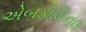
એબડોમિનલ